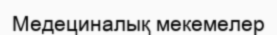
Медециналық мекемелер